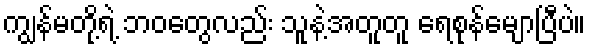
ကျွန်မတို့ရဲ့ ဘဝတွေလည်း သူနဲ့အတူတူ ရေစုန်မျောပြီပဲ။